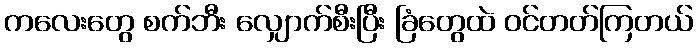
ကလေးတွေ စက်ဘီး လျှောက်စီးပြီး ခြံတွေထဲ ဝင်တတ်ကြတယ်